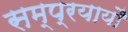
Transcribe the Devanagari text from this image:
सम्प्रयायौं